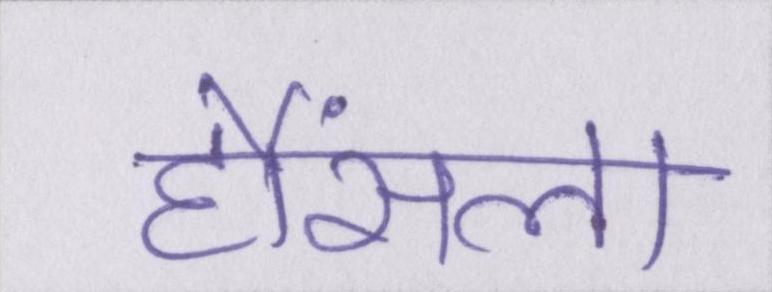
हौंसला